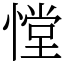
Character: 憆